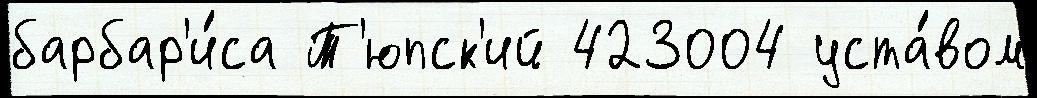
барбар'и́са Т'юпск'ий 423004 уста́вом